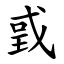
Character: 戜